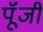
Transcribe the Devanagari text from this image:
पूॅंजी